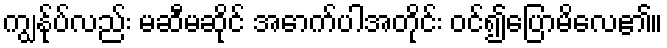
ကျွန်ုပ်လည်း မဆီမဆိုင် အောက်ပါအတိုင်း ဝင်၍ပြောမိလေ၏။